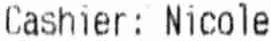
CASHIER: NICOLE